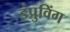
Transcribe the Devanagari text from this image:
इंप्रुविंग